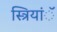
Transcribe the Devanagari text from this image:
स्त्रियांॅ